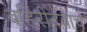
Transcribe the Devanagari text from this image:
बहिरीदेवाचे